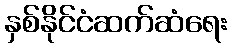
နှစ်နိုင်ငံဆက်ဆံရေး